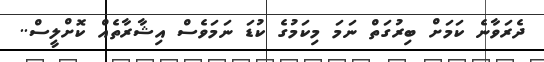
ދެރަވާނެ ކަމަށް ބިރުގަތް ނަމަ މިކަމުގެ ކުޑަ ނަމަވެސް އިޝާރާތެއް ކޮށްލީސް..